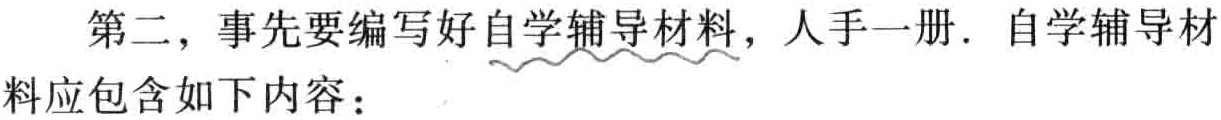
第二，事先要编写好自学辅导材料，人手一册. 自学辅导材
料应包含如下内容：